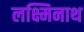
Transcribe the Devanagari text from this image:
लक्ष्मिनाथ